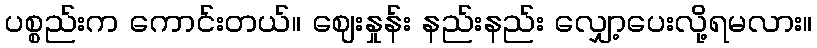
ပစ္စည်းက ကောင်းတယ်။ ဈေးနှုန်း နည်းနည်း လျှော့ပေးလို့ရမလား။